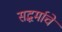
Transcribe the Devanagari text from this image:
सद्धर्माचे